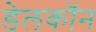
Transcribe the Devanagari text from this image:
डेलकॉन